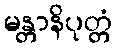
မန္တာနိပုတ္တံ